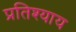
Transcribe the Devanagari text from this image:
प्रतिश्‍याय